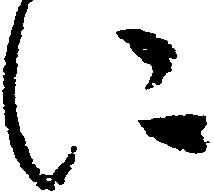
に